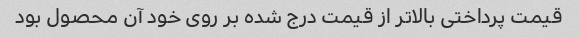
قیمت پرداختی بالاتر از قیمت درج شده بر روی خود آن محصول بود